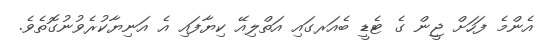
އެންމެ ފަހަށް ޖީން ގެ ޓެޑީ ބެއަރގައި އަތްލިއޭ ކިޔާފައި އެ އަނިޔާކުރެވުނުގޮތެވެ.